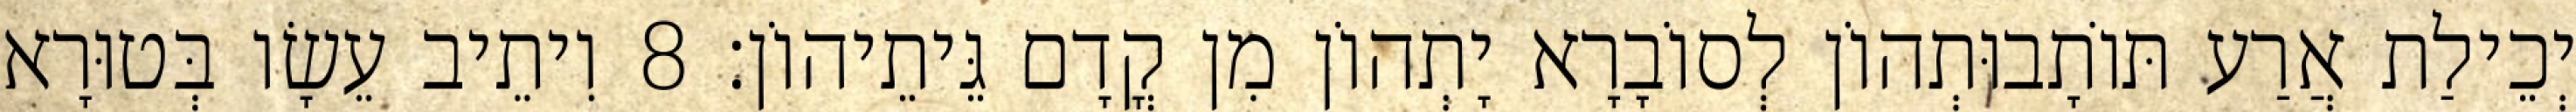
יְכֵילַת אֲרַע תּוֹתָבוּתְהוֹן לְסוֹבָרָא יָתְהוֹן מִן קֳדָם גֵּיתֵיהוֹן׃ 8 וִיתֵיב עֵשָׂו בְּטוּרָא